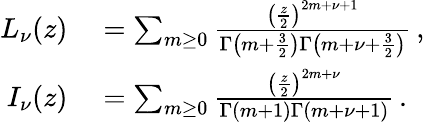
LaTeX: \begin{array}{rl}{L_{\nu}(z)}&{{}=\sum_{m\ge 0}\frac{\left(\frac{z}{2}\right)^{2m+\nu+1}}{\Gamma\left(m+\frac{3}{2}\right)\Gamma\left(m+\nu+\frac{3}{2}\right)}\, ,}\\ {I_{\nu}(z)}&{{}=\sum_{m\ge 0}\frac{\left(\frac{z}{2}\right)^{2m+\nu}}{\Gamma\left(m+1\right)\Gamma\left(m+\nu+1\right)}\, .}\end{array}